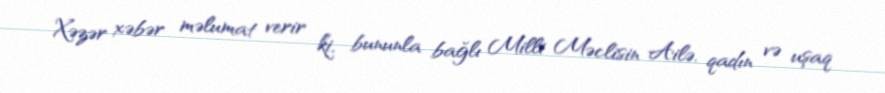
Xəzər xəbər məlumat verir ki, bununla bağlı Milli Məclisin Ailə, qadın və uşaq